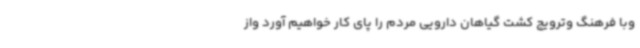
وبا فرهنگ وترویج کشت گیاهان دارویی مردم را پای کار خواهیم آورد واز